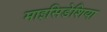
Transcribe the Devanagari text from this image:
माइसिडेशिया